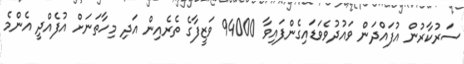
ސަރުކާރުން އުފައްދަން ވައުދުވެވަޑައިގެންފައިވާ 94000 ވަޒީފާގެ ތެރެއިން އަދި މިހާތަނަށް އުފެއްދީ އެންމެ